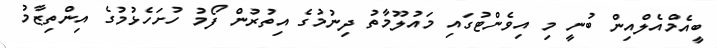
ބީއެމްއެލްއިން ބުނީ މި އިވެންޓުގައި މައުލޫމާތު ދިނުމުގެ އިތުރުން ފޯމު ހުށަހެޅުމުގެ އިންތިޒާމު